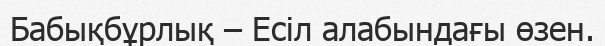
Бабықбұрлық – Есіл алабындағы өзен.